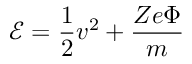
\mathcal { E } = \frac { 1 } { 2 } v ^ { 2 } + \frac { Z e \Phi } { m }